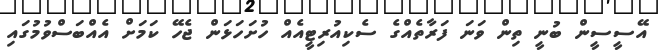
އޭސީސީން ބުނީ ތިން ވަނަ ފަރާތެއްގެ ސެކިއުރިޓީއެއް ހުށަހަޅަން ޖެހޭ ކަމަށް އެއްބަސްވުމުގައި